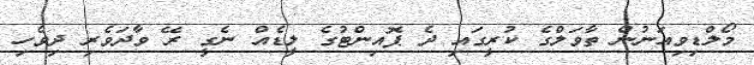
މޯލްޑިވިއަނުން ތާވަލްގެ ކުރީގައި ދެ ޕޮއިންޓުގެ ލީޑެއް ނެގީ ރޭ ވާދަވެރި ދިވެހި